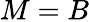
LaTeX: M=B